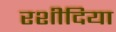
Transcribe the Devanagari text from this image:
रशीदिया